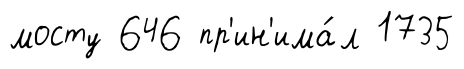
мосту 646 пр'ин'има́л 1735